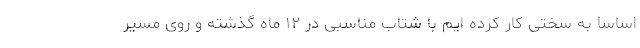
اساسا به سختی کار کرده ایم با شتاب مناسبی در ۱۲ ماه گذشته و روی مسیر